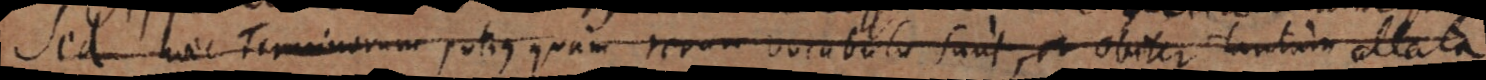
Sed haec Terminorum potius quam rerum vocabula sunt, et obiter tantum allata.